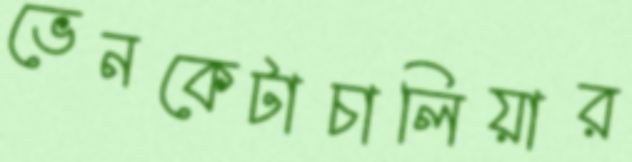
ভেনকেটাচালিয়ার